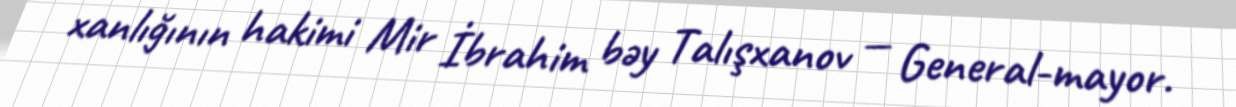
xanlığının hakimi Mir İbrahim bəy Talışxanov — General-mayor.